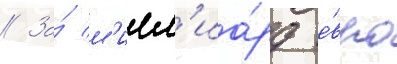
// За́ м'илл'иа́рд е́вро